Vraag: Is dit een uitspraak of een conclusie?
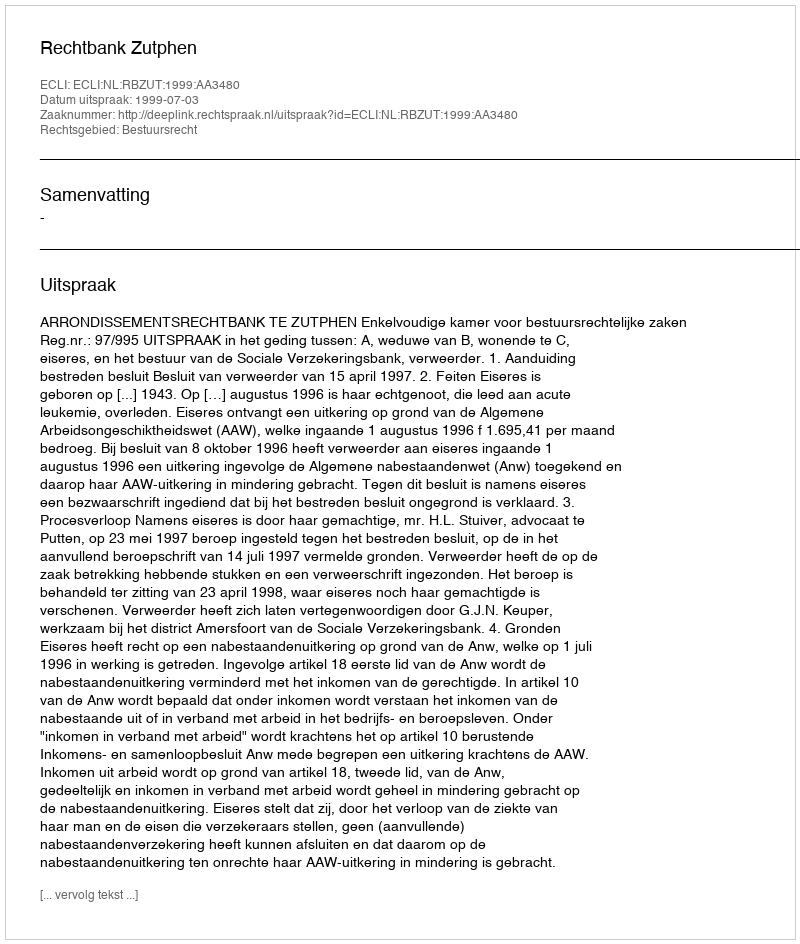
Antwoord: Uitspraak